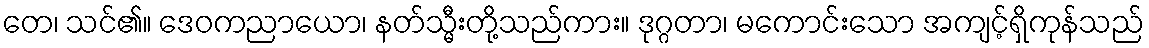
တေ၊ သင်၏။ ဒေဝကညာယော၊ နတ်သ္မီးတို့သည်ကား။ ဒုဂ္ဂတာ၊ မကောင်းသော အကျင့်ရှိကုန်သည်